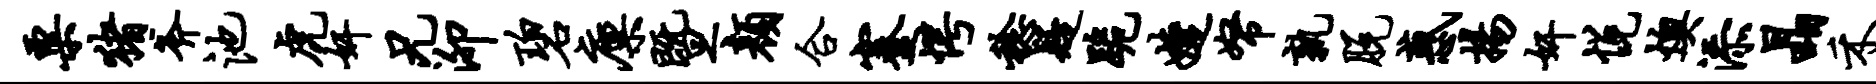
粟猪斧池虎奸兄泖碧廪暨颜合蹇愕稔疑跪婕帑孰脱惑扬奸悦燠添晶禾